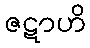
ဇဋာဟိ